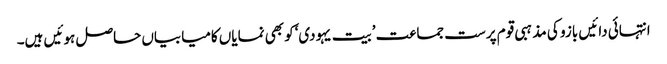
انتہائی دائیں بازو کی مذہبی قوم پرست جماعت ’بیت یہودی‘کو بھی نمایاں کامیابیاں حاصل ہوئیں ہیں۔